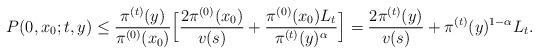
LaTeX: \begin{align*}P(0,x_0;t,y)\le\frac{\pi^{(t)}(y)}{\pi^{(0)}(x_0)}\Big[\frac{2\pi^{(0)}(x_0)}{v(s)}+\frac{\pi^{(0)}(x_0)L_t}{\pi^{(t)}(y)^\alpha}\Big]=\frac{2\pi^{(t)}(y)}{v(s)}+\pi^{(t)}(y)^{1-\alpha}L_t.\end{align*}